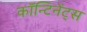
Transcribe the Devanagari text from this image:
कॉन्टिनेंट्स